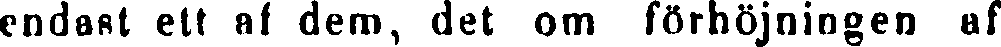
endast ett af dem, det om förhöjningen af